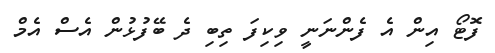
ފޮޓޯ އިން އެ ފެންނަނީ ވިކިފަ ތިބި ދެ ބޭފުޅުން އެސް އެމް